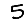
Digit: 5